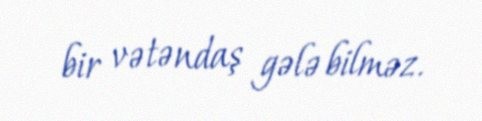
bir vətəndaş gələ bilməz.